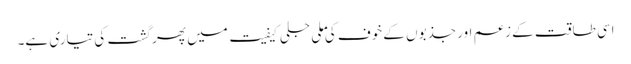
اسی طاقت کے زعم اور جذبوں کے خوف کی ملی جلی کیفیت میں پھر گشت کی تیاری ہے۔